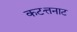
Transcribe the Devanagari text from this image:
कटत्तनाट